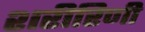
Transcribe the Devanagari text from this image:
शरीरिणी